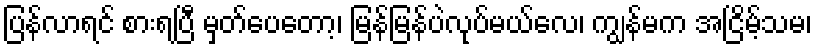
ပြန်လာရင် စားရပြီ မှတ်ပေတော့၊ မြန်မြန်ပဲလုပ်မယ်လေ၊ ကျွန်မက အငြိမ့်သမ၊